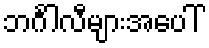
ဘင်္ဂါလီများအပေါ်